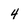
Character: 4